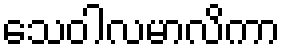
သေဝါလမာလိကာ